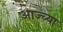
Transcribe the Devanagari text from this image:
आज्च्या